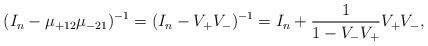
LaTeX: \begin{align*}(I_n - \mu_{+12} \mu_{-21})^{-1} = (I_n - V_+ V_-)^{-1} = I_n +\frac{1}{1 - V_- V_+} V_+ V_-,\end{align*}